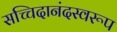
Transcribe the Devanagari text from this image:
सच्चिदानंदस्वरूप